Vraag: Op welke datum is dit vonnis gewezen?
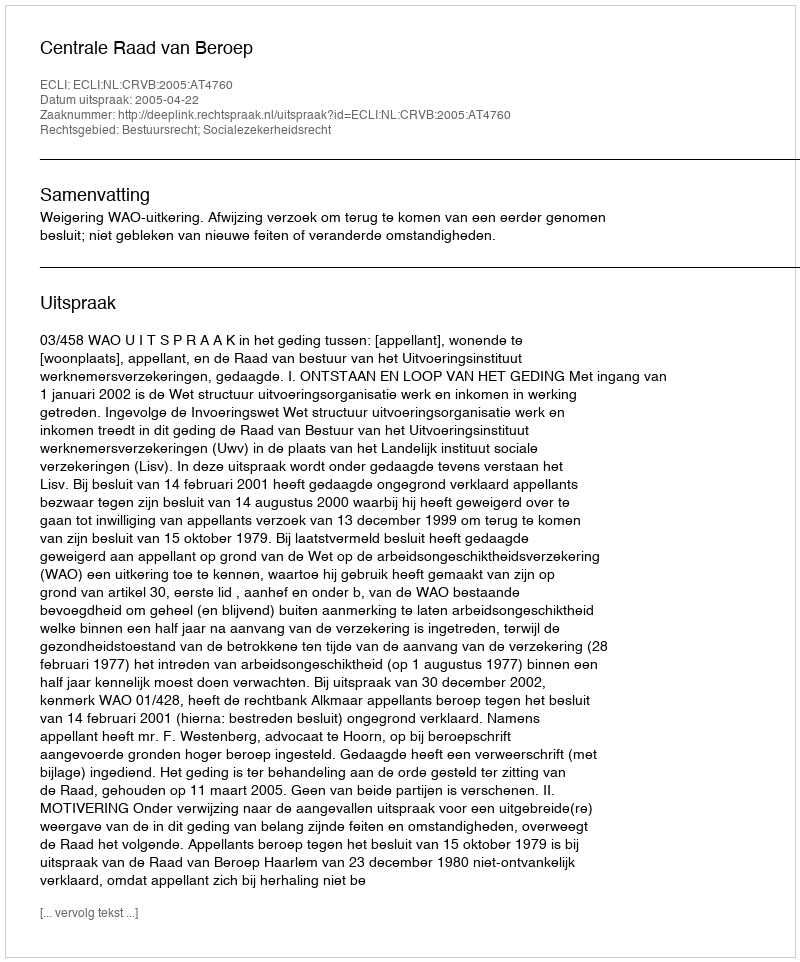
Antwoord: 2005-04-22